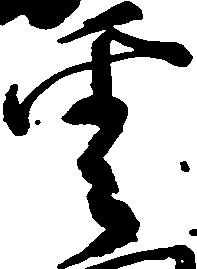
雲